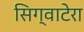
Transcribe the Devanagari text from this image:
सिग्वाटेरा